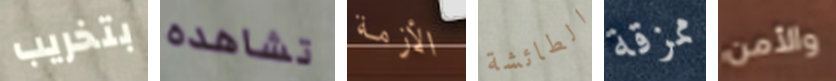
بتخريب تشاهده الأزمة الطائشة ممزقة والأمن